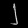
Digit: ၂